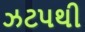
ઝટપથી